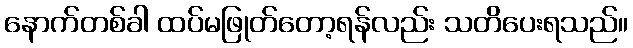
နောက်တစ်ခါ ထပ်မဖြုတ်တော့ရန်လည်း သတိပေးရသည်။